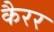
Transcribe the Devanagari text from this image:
कैरर